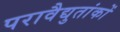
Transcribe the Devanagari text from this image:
परावैद्युतांकों